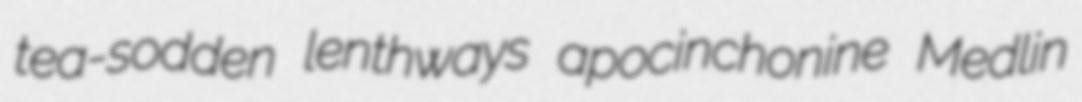
tea-sodden lenthways apocinchonine Medlin